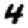
Digit: 4